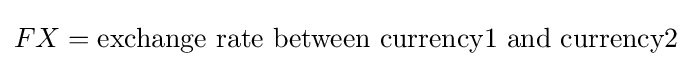
FX={\text{exchange rate between currency1 and currency2}}